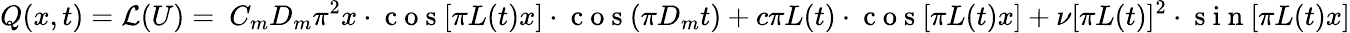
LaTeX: Q(x,t)=\mathcal{L}(U)=\ C_{m}D_{m}\pi^{2}x\cdot\mathrm{~c~o~s~}[\pi L(t)x]\cdot\mathrm{~c~o~s~}(\pi D_{m}t)+c\pi L(t)\cdot\mathrm{~c~o~s~}[\pi L(t)x]+\nu[\pi L(t)]^{2}\cdot\mathrm{~s~i~n~}[\pi L(t)x]